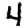
Digit: 4